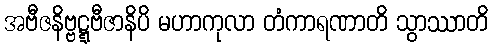
အဗီဇနိဗ္ဗဋ္ဋဗီဇာနိပိ မဟာကုလာ တံကာရဏာတိ သွာဿာတိ